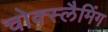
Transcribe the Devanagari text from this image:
चोक्स्लैमिंग